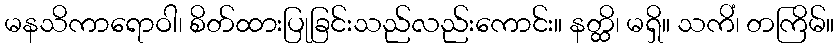
မနသိကာရောဝါ၊ စိတ်ထားပြုခြင်းသည်လည်းကောင်း။ နတ္ထိ၊ မရှိ။ သကိံ၊ တကြိမ်။